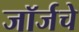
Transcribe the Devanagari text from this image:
जॉर्जचे